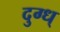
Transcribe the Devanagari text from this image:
दुग्ध्